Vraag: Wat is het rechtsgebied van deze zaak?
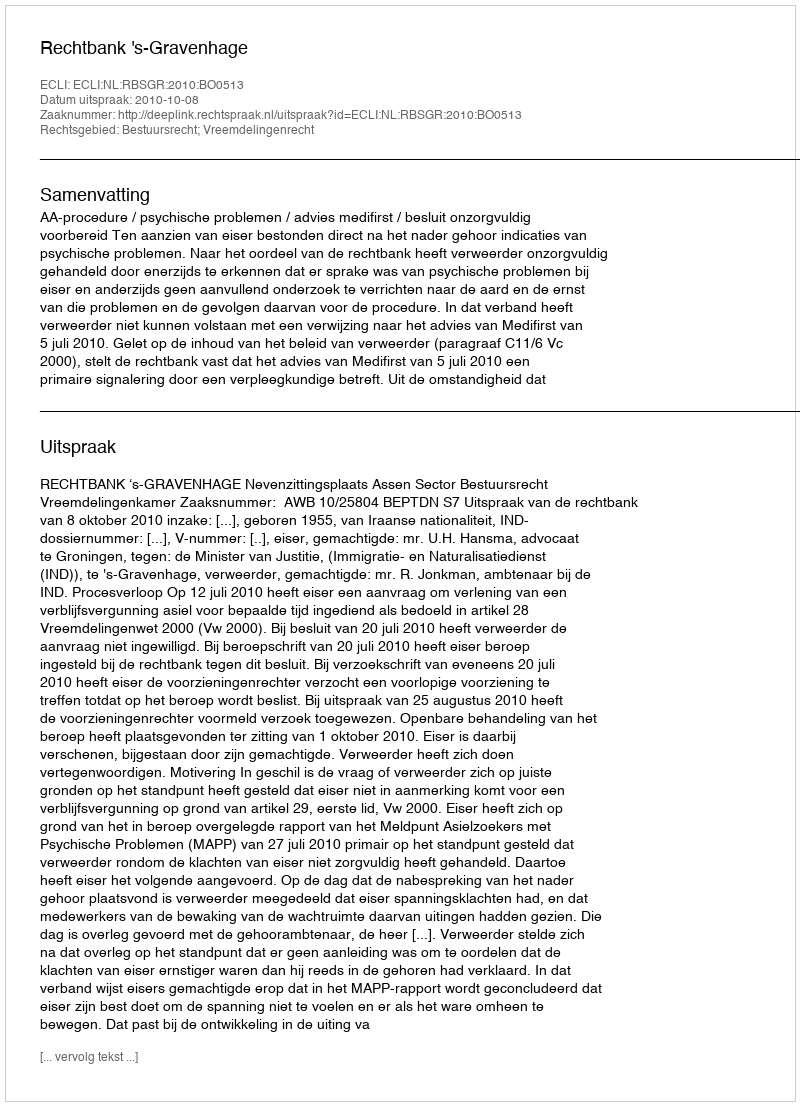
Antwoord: Bestuursrecht; Vreemdelingenrecht